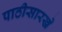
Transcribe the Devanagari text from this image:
पाठीसारखे